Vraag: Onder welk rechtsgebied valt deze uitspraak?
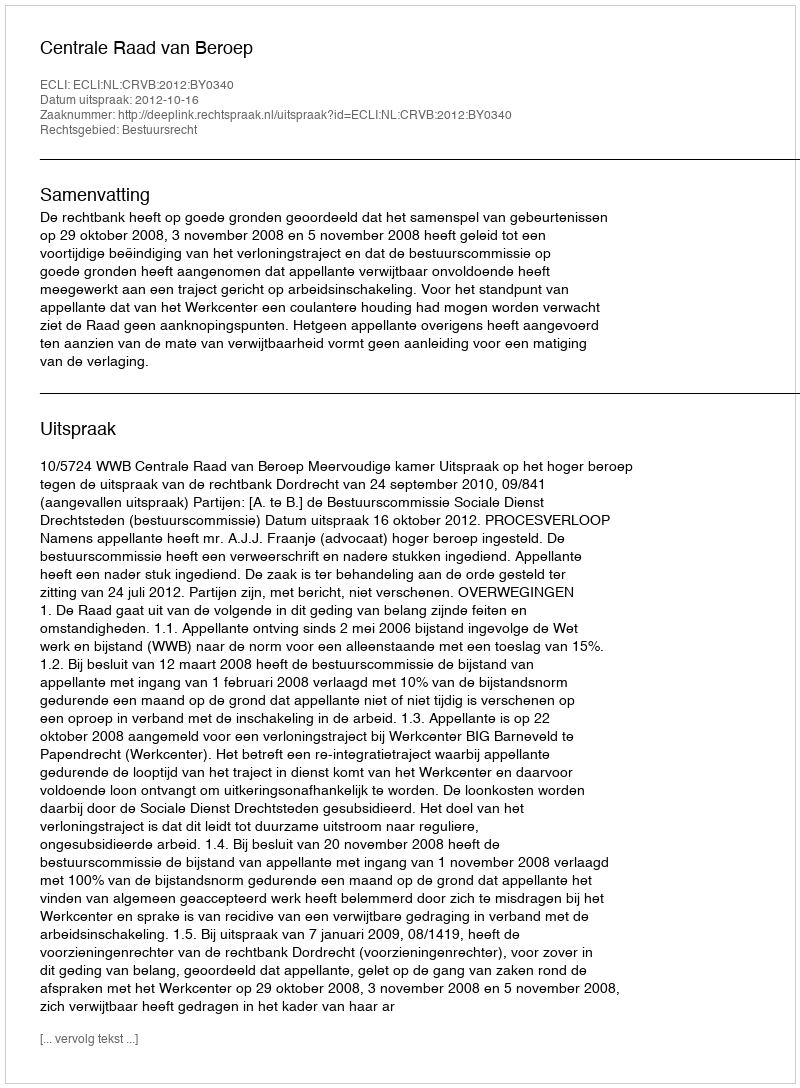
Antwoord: Bestuursrecht